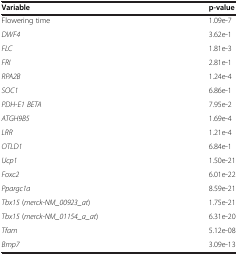
<table><thead><tr><td><b>Variable</b></td><td><b>p-value</b></td></tr></thead><tbody><tr><td>Flowering time</td><td>1.09e-7</td></tr><tr><td><i>DWF4</i></td><td>3.62e-1</td></tr><tr><td><i>FLC</i></td><td>1.81e-3</td></tr><tr><td><i>FRI</i></td><td>2.81e-1</td></tr><tr><td><i>RPA2B</i></td><td>1.24e-4</td></tr><tr><td><i>SOC1</i></td><td>6.86e-1</td></tr><tr><td><i>PDH-E1 BETA</i></td><td>7.95e-2</td></tr><tr><td><i>ATGH9B5</i></td><td>1.69e-4</td></tr><tr><td><i>LRR</i></td><td>1.21e-4</td></tr><tr><td><i>OTLD1</i></td><td>6.84e-1</td></tr><tr><td><i>Ucp1</i></td><td>1.50e-21</td></tr><tr><td><i>Foxc2</i></td><td>6.01e-22</td></tr><tr><td><i>Ppargc1a</i></td><td>8.59e-21</td></tr><tr><td><i>Tbx15</i> (<i>merck-NM_00923_at</i>)</td><td>1.75e-21</td></tr><tr><td><i>Tbx15</i> (<i>merck-NM_01154_a_at</i>)</td><td>6.31e-20</td></tr><tr><td><i>Tfam</i></td><td>5.12e-08</td></tr><tr><td><i>Bmp7</i></td><td>3.09e-13</td></tr></tbody></table>